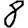
Digit: 8